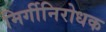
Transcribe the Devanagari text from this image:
मिर्गीनिरोधक